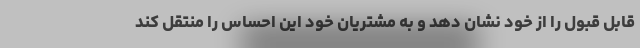
قابل قبول را از خود نشان دهد و به مشتریان خود این احساس را منتقل کند